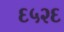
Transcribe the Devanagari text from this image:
६५२६